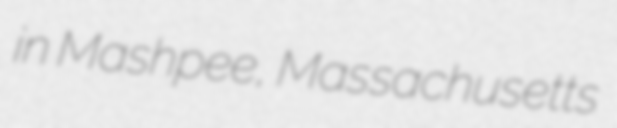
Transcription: in Mashpee, Massachusetts